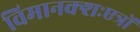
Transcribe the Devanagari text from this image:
विमानक्शःएत्रों